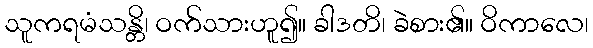
သူကရမံသန္တိ၊ ဝက်သားဟူ၍။ ခါဒတိ၊ ခဲစား၏။ ဝိကာလေ၊